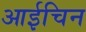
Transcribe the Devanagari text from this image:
आईचिन